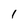
Character: 1